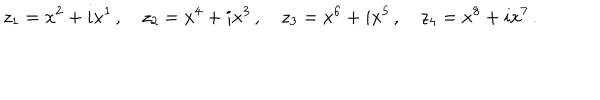
z _ { 1 } = x ^ { 2 } + i x ^ { 1 } \, , \quad z _ { 2 } = x ^ { 4 } + i x ^ { 3 } \, , \quad z _ { 3 } = x ^ { 6 } + i x ^ { 5 } \, , \quad z _ { 4 } = x ^ { 8 } + i x ^ { 7 } \, .